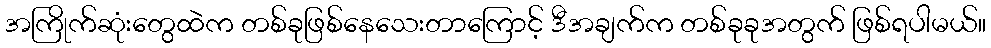
အကြိုက်ဆုံးတွေထဲက တစ်ခုဖြစ်နေသေးတာကြောင့် ဒီအချက်က တစ်ခုခုအတွက် ဖြစ်ရပါမယ်။